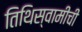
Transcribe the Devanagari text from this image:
तिथिस्वामीची